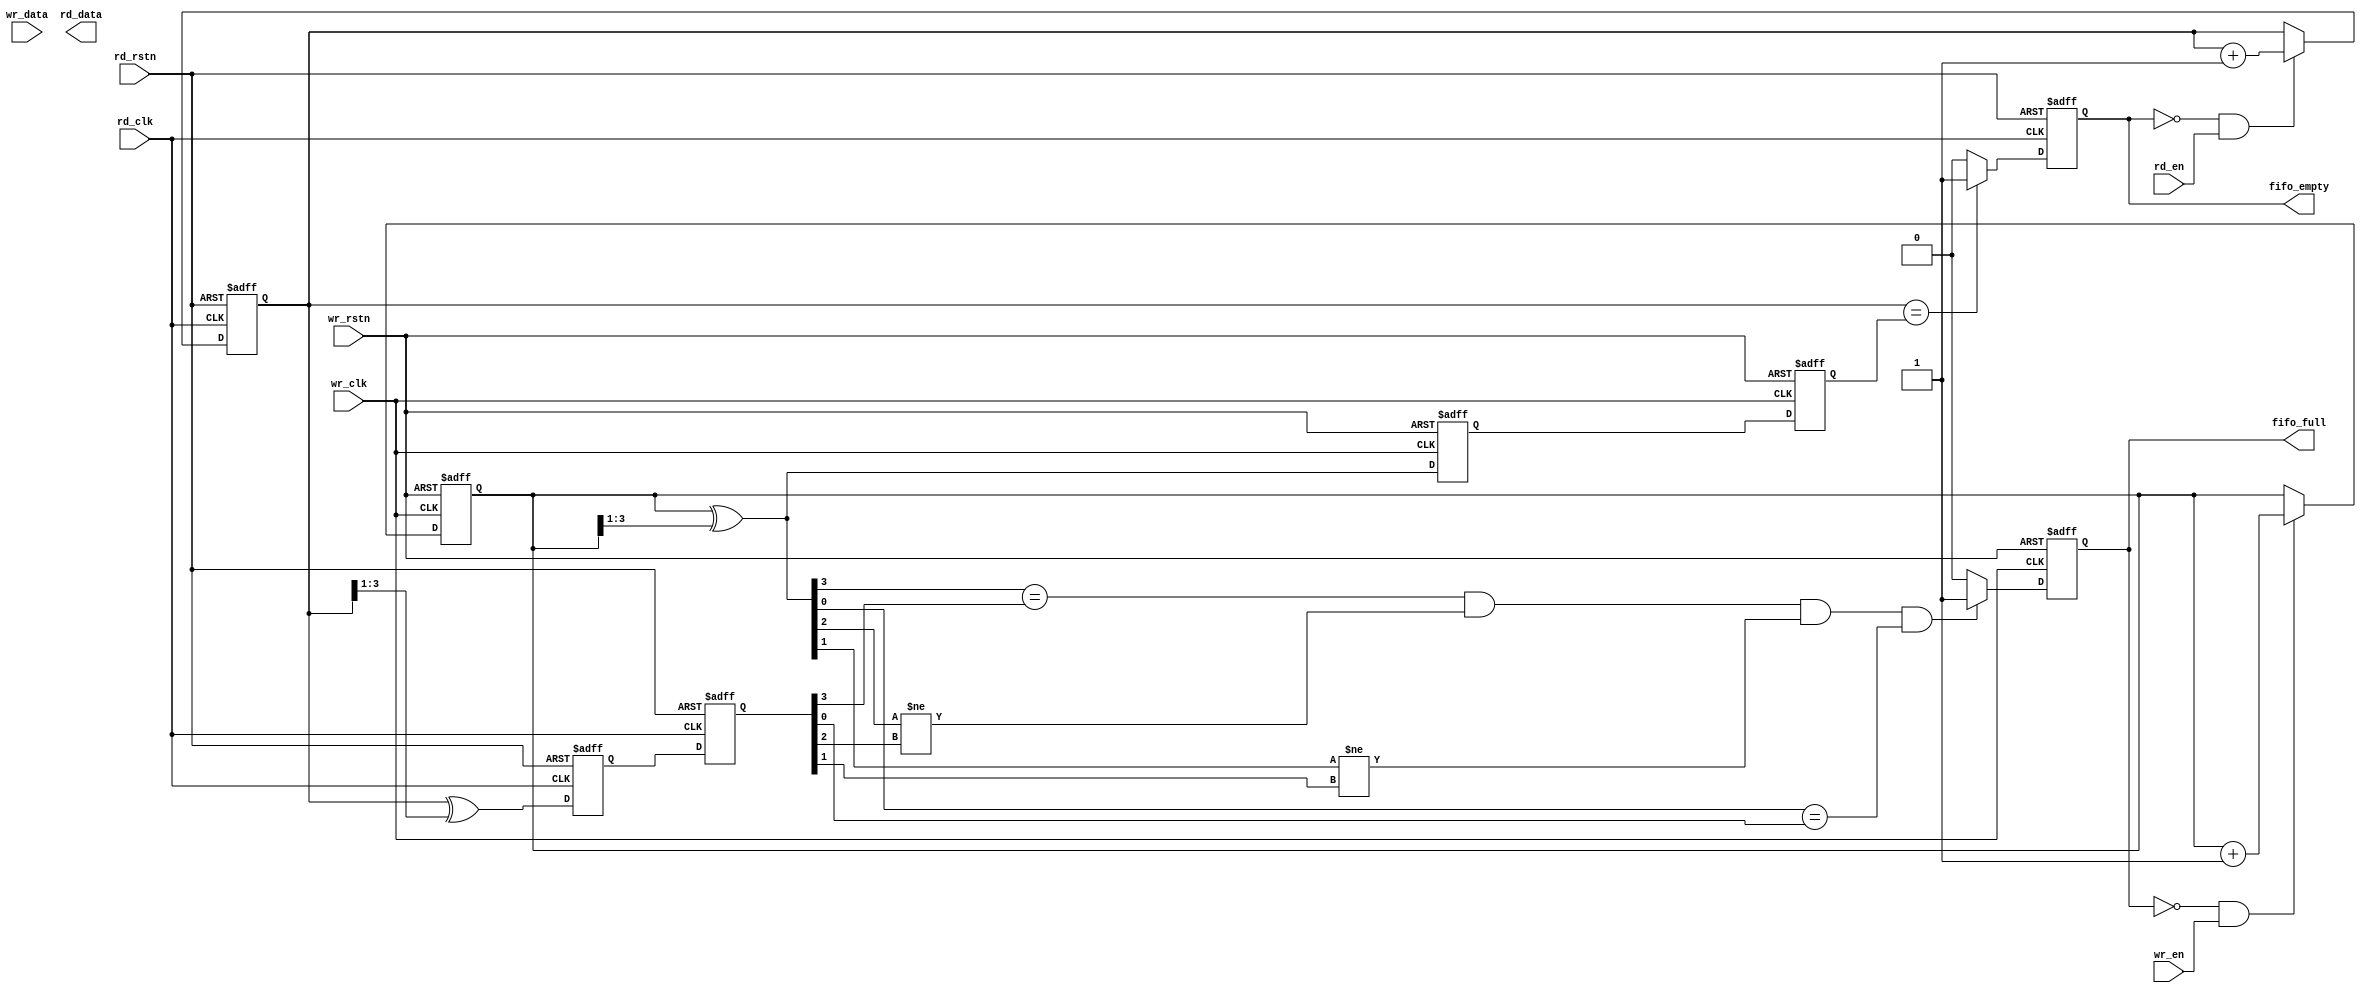
`timescale 1ns / 1ps
//////////////////////////////////////////////////////////////////////////////////
// Company: 
// Engineer: 
// 
// Design Name: 
// Module Name: asy_FIFO
// Project Name: 
// Target Devices: 
// Tool Versions: 
// Description: 
// 
// Dependencies: 
// 
// Revision:
// Revision 0.01 - File Created
// Additional Comments:
// 
//////////////////////////////////////////////////////////////////////////////////


module asy_FIFO(
    wr_clk,
    rd_clk,
    wr_rstn,
    rd_rstn,
    wr_en,
    rd_en,
    wr_data,
    rd_data,
    fifo_empty,
    fifo_full
    );
    parameter width = 8;
    parameter depth = 8;
    parameter addr = $clog2(depth);
    
    input wr_clk,rd_clk,wr_rstn,rd_rstn,wr_en,rd_en;
    input [width-1:0] wr_data;
    output reg [width-1:0] rd_data;
    output reg fifo_empty,fifo_full;

    //Define a FIFO, width/depth
    reg [width-1:0] fifo [depth-1:0];//depth-1

    // binary pointer
    reg [addr:0] wr_pt;
    reg [addr:0] rd_pt;

    // gray code pointer
    wire [addr:0] wr_ptg;
    wire [addr:0] rd_ptg;
    // synchronizer: 2 flip flop
    reg [addr:0] wr_ptgr;//after one ff
    reg [addr:0] rd_ptgr;
    reg [addr:0] wr_ptgrr;//after two ff
    reg [addr:0] rd_ptgrr;

    //binary to gray
    assign wr_ptg=wr_pt^(wr_pt>>>1);//why >>> but not >>?
    assign rd_ptg=rd_pt^(rd_pt>>>1);

    //sychronize by two flip flop
    always@(posedge wr_clk, negedge wr_rstn)begin
        if(!wr_rstn)begin
            wr_ptgr<=0; wr_ptgrr<=0;
        end
        else begin
            wr_ptgr<=wr_ptg;  // one ff
            wr_ptgrr<=wr_ptgr;// two ff
        end
    end
    
    always@(posedge rd_clk, negedge rd_rstn)begin
        if(!rd_rstn)begin
            rd_ptgr<=0; rd_ptgrr<=0;
        end
        else begin
            rd_ptgr<=rd_ptg;  // one ff
            rd_ptgrr<=rd_ptgr;// two ff
        end
    end

    //determine full or empty
    always@(posedge wr_clk, negedge wr_rstn)begin
        if(!wr_rstn)begin
            fifo_full<=0;
        end
        else if(wr_ptg[addr]==rd_ptgrr[addr]&&wr_ptg[addr-1]!=rd_ptgrr[addr-1]//
        &&wr_ptg[addr-2]!=rd_ptgrr[addr-2]&&wr_ptg[addr-3]==rd_ptgrr[addr-3]) begin//need change if length/addr change
            fifo_full<=1;
        end
        else begin
            fifo_full<=0;
        end
    end

    always@(posedge rd_clk, negedge rd_rstn)begin
        if(!rd_rstn)begin
            fifo_empty<=0;
        end
        else if(rd_pt==wr_ptgrr) begin//rd_pt==wr_ptgrrrd_pt[addr-1:0]==wr_ptgrr[addr-1:0]??//need change if length/addr change
            fifo_empty<=1;
        end
        else begin
            fifo_empty<=0;
        end
    end

    //write data
    always@(posedge wr_clk, negedge wr_rstn)begin
        if(!wr_rstn) begin
            wr_pt<=0;
        end
        else if(!fifo_full&&wr_en)begin
            fifo[wr_pt]<=wr_data;
            wr_pt<=wr_pt+1;
        end
        else begin
            wr_pt<=wr_pt;
        end
    end

    //read data
    always@(posedge rd_clk, negedge rd_rstn)begin
        if(!rd_rstn) begin
            rd_pt<=0;
        end
        else if(!fifo_empty&&rd_en)begin
            fifo[rd_pt]<=rd_data;
            rd_pt<=rd_pt+1;
        end
        else begin
            rd_pt<=rd_pt;
        end
    end



endmodule